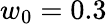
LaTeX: w_{0}=0.3